Vaccination United Provinces of Agra and Oudh 1914-1922 - 1914-1922
Year: 1914
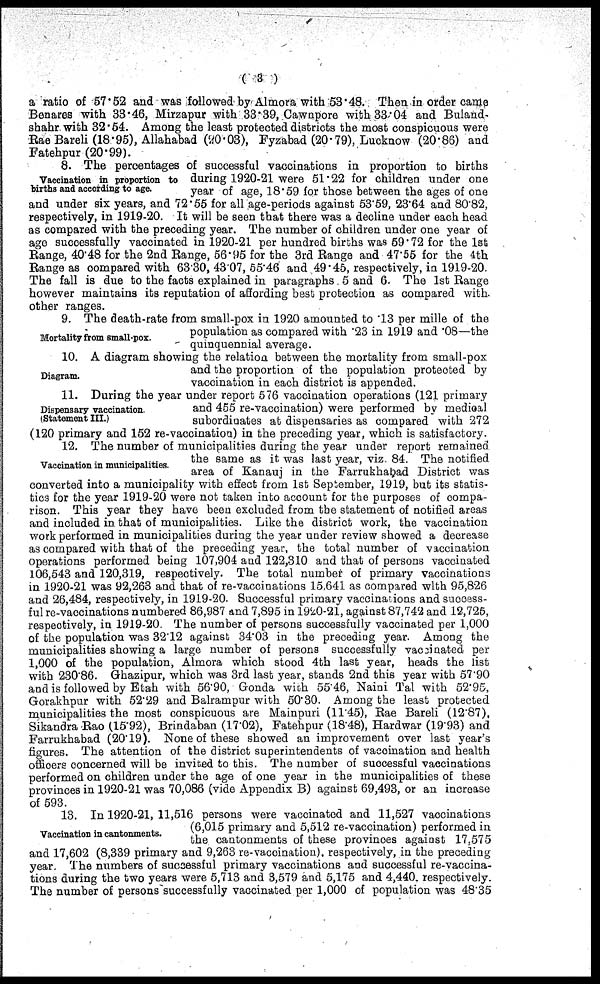
( 3 )
a ratio of 57.52 and was followed by Almora with 53.48. Then in order came
Benares with 33.46, Mirzapur with 33.39, Cawnpore with 33.04 and Buland-
shahr with 32.54. Among the least protected districts the most conspicuous were
Rae Bareli (18.95), Allahabad (20.03), Fyzabad (20.79), Lucknow (20.86) and
Fatehpur (20.99).
Vaccination in proportion to
births and according to age.
8. The percentages of successful vaccinations in proportion to births
during 1920-21 were 51.22 for children under one
year of age, 18.59 for those between the ages of one
and under six years, and 72.55 for all age-periods against 53.59, 23.64 and 80.82,
respectively, in 1919-20. It will be seen that there was a decline under each head
as compared with the preceding year. The number of children under one year of
age successfully vaccinated in 1920-21 per hundred births was 59.72 for the 1st
Range, 40.48 for the 2nd Range, 56.95 for the 3rd Range and 47.55 for the 4th
Range as compared with 63.30, 43.07, 65.46 and 49.45, respectively, in 1919-20.
The fall is due to the facts explained in paragraphs 5 and 6. The 1st Range
however maintains its reputation of affording best protection as compared with.
other ranges.
Mortality from small-pox.
9. The death-rate from small-pox in 1920 amounted to .13 per mille of the
population as compared with .23 in 1919 and .08—the
quinquennial average.
Diagram.
10. A diagram showing the relation between the mortality from small-pox
and the proportion of the population protected by
vaccination in each district is appended.
Dispensary vaccination.
(Statement III.)
11. During the year under report 576 vaccination operations (121 primary
and 455 re-vaccination) were performed by medical
subordinates at dispensaries as compared with 272
(120 primary and 152 re-vaccination) in the preceding year, which is satisfactory.
Vaccination in municipalities.
12. The number of municipalities during the year under report remained
the same as it was last year, viz. 84. The notified
area of Kanauj in the Farrukhabad District was
converted into a municipality with effect from 1st September, 1919, but its statis-
tics for the year 1919-20 were not taken into account for the purposes of compa-
rison. This year they have been excluded from the statement of notified areas
and included in that of municipalities. Like the district work, the vaccination
work performed in municipalities during the year under review showed a decrease
as compared with that of the preceding year, the total number of vaccination
operations performed being 107,904 and 122,310 and that of persons vaccinated
106,543 and 120,319, respectively. The total number of primary vaccinations
in 1920-21 was 92,263 and that of re-vaccinations 15,641 as compared with 95,826
and 26,484, respectively, in 1919-20. Successful primary vaccinations and success-
ful re-vaccinations numbered 86,987 and 7,895 in 1920-21, against 87,742 and 12,725,
respectively, in 1919-20. The number of persons successfully vaccinated per 1,000
of the population was 32.12 against 34.03 in the preceding year. Among the
municipalities showing a large number of persons successfully vaccinated per
1,000 of the population, Almora which stood 4th last year, heads the list
with 230.86. Ghazipur, which was 3rd last year, stands 2nd this year with 57.90
and is followed by Etah with 56.90, Gonda with 55.46, Naini Tal with 52.95,
Gorakhpur with 52.29 and Balrampur with 50.30. Among the least protected
municipalities the most conspicuous are Mainpuri (11.45), Rae Bareli (12.87),
Sikandra Rao (15.92), Brindaban (17.02), Fatehpur (18.48), Hardwar (19.93) and
Farrukhabad (20.19). None of these showed an improvement over last year's
figures. The attention of the district superintendents of vaccination and health
officers concerned will be invited to this. The number of successful vaccinations
performed on children under the age of one year in the municipalities of these
provinces in 1920-21 was 70,086 (vide Appendix B) against 69,493, or an increase
of 593.
Vaccination in cantonments.
13. In 1920-21, 11,516 persons were vaccinated and 11,527 vaccinations
(6,015 primary and 5,512 re-vaccination) performed in
the cantonments of these provinces against 17.575
and 17,602 (8,339 primary and 9,263 re-vaccination), respectively, in the preceding
year. The numbers of successful primary vaccinations and successful re-vaccina-
tions during the two years were 5,713 and 3,579 and 5,175 and 4,440. respectively.
The number of persons successfully vaccinated per 1,000 of population was 48.35